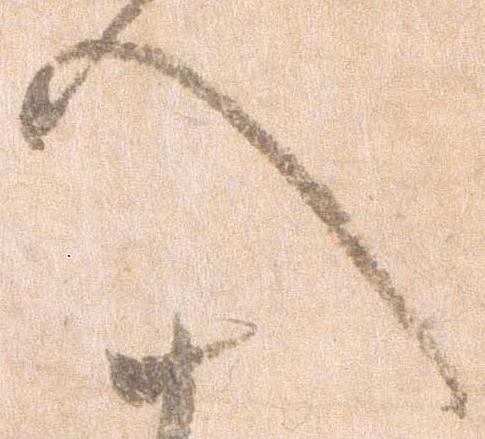
へ